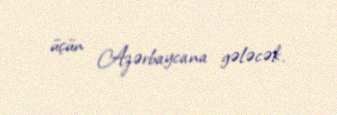
üçün Azərbaycana gələcək.